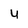
Character: 4